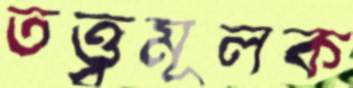
তত্ত্বমূলক